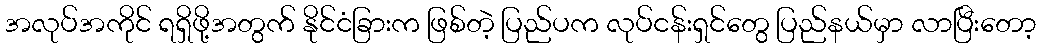
အလုပ်အကိုင် ရရှိဖို့အတွက် နိုင်ငံခြားက ဖြစ်တဲ့ ပြည်ပက လုပ်ငန်းရှင်တွေ ပြည်နယ်မှာ လာပြီးတော့